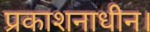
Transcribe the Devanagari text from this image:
प्रकाशनाधीन।